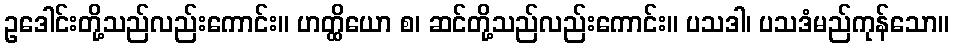
ဥဒေါင်းတို့သည်လည်းကောင်း။ ဟတ္ထိယော စ၊ ဆင်တို့သည်လည်းကောင်း။ ပသဒါ၊ ပသဒံမည်ကုန်သော။